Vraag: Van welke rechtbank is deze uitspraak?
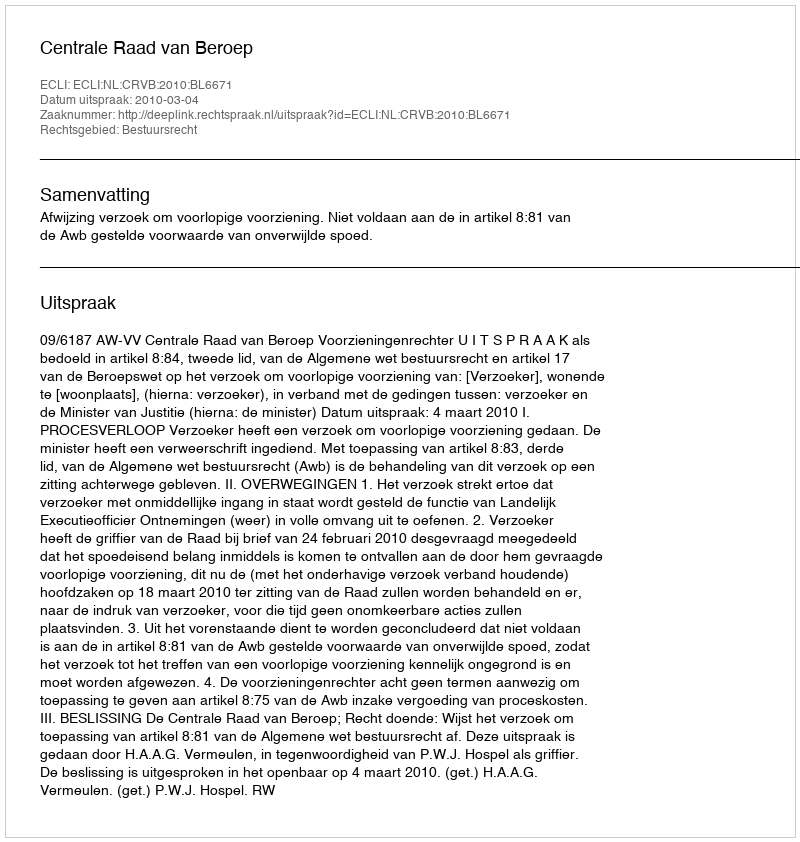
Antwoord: Centrale Raad van Beroep